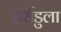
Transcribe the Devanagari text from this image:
हर्राडुला